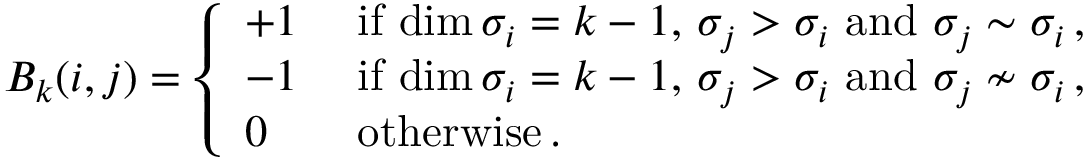
\begin{array} { r } { B _ { k } ( i , j ) = \left\{ \begin{array} { l l } { + 1 } & { \mathrm { ~ i f ~ } \mathrm { d i m } \, \sigma _ { i } = k - 1 , \, \sigma _ { j } > \sigma _ { i } \mathrm { ~ a n d ~ } \sigma _ { j } \sim \sigma _ { i } \, , } \\ { - 1 } & { \mathrm { ~ i f ~ } \mathrm { d i m } \, \sigma _ { i } = k - 1 , \, \sigma _ { j } > \sigma _ { i } \mathrm { ~ a n d ~ } \sigma _ { j } \nsim \sigma _ { i } \, , } \\ { 0 \ } & { \mathrm { ~ o t h e r w i s e } \, . } \end{array} \right. } \end{array}